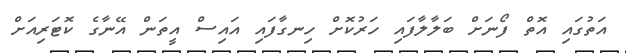
އަތުގައި އޮތް ފޯނަށް ބަލާލާފައި ހަރުކޮށް ހިނގާފައި އައިސް އީތަން އޭނާގެ ކޮޓަރިއަށް